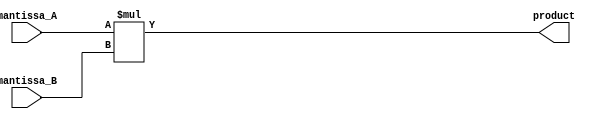
module bigproduct(input[10:0]mantissa_A, input [10:0]mantissa_B,
							output reg [21:0] product);

always@(mantissa_A,mantissa_B) begin
		product = mantissa_A*mantissa_B;
end
endmodule